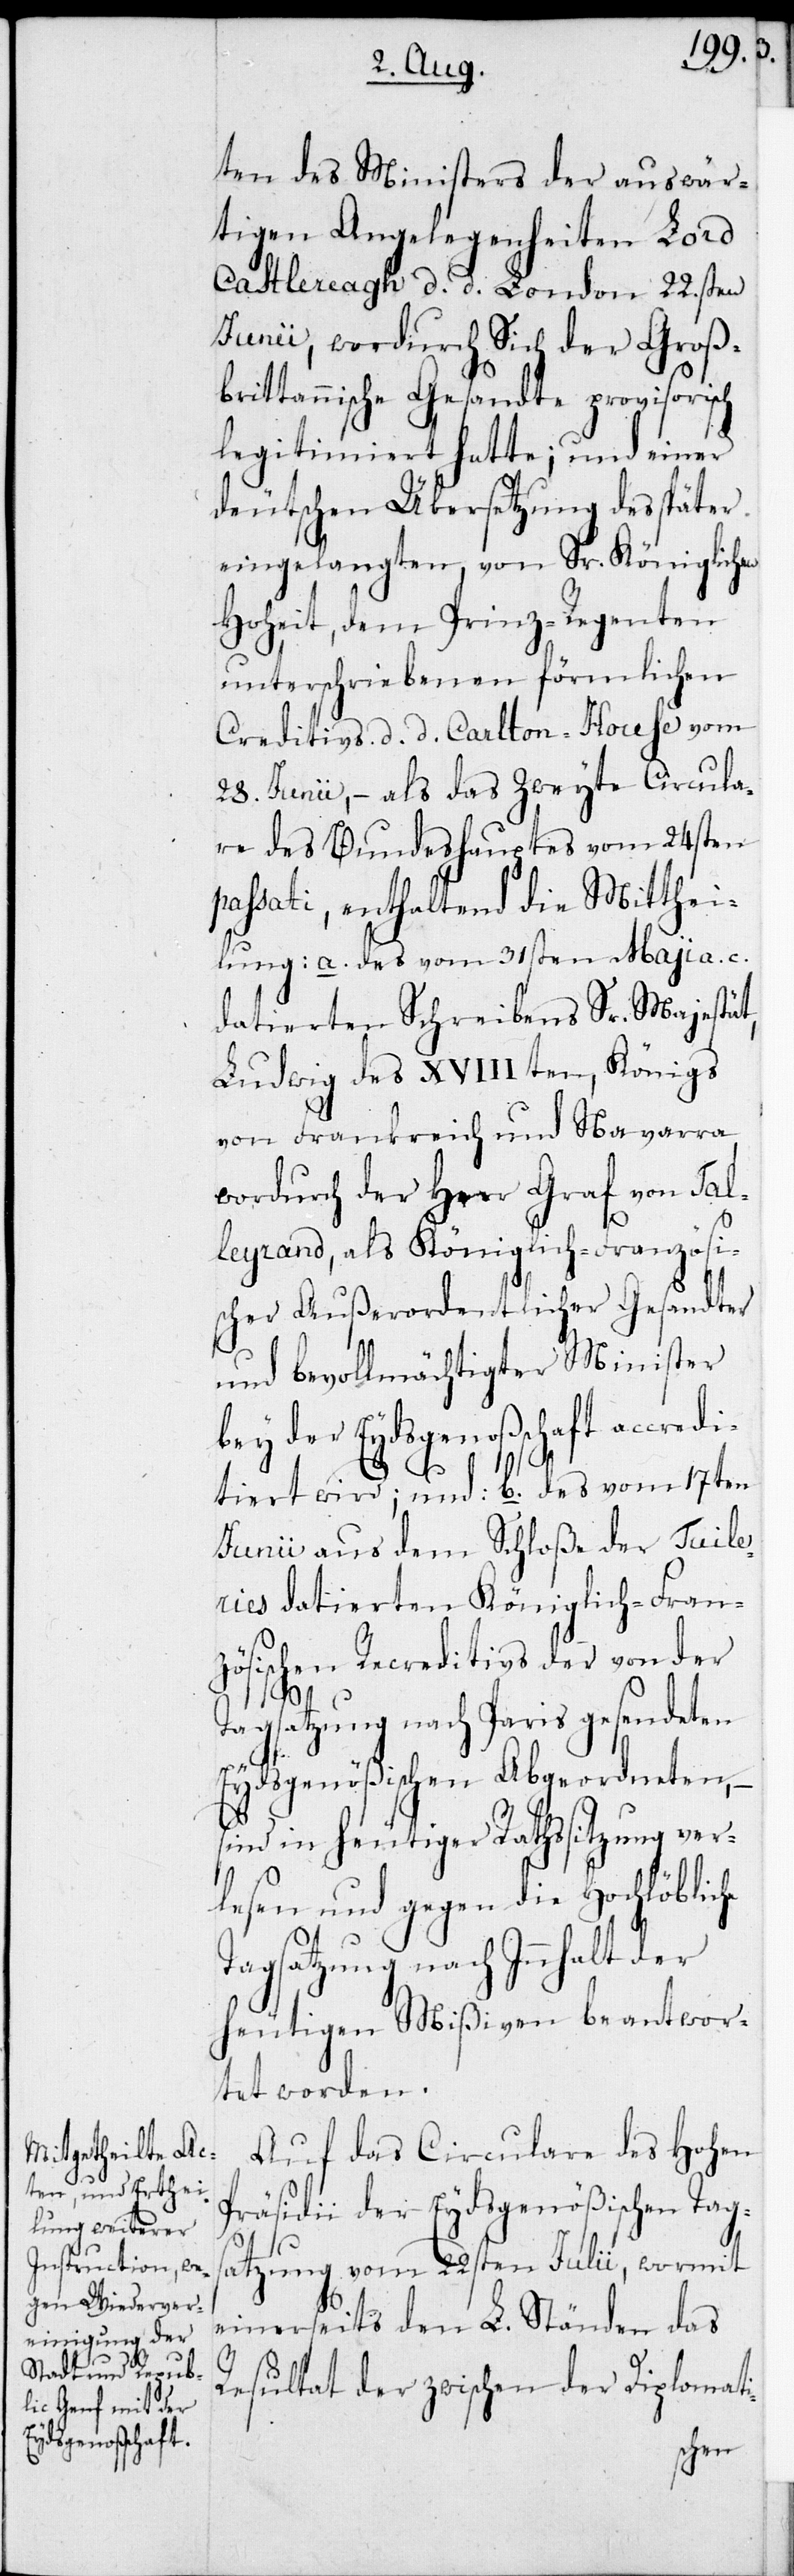
ten des Ministers der auswär¬
tigen Angelegenheiten Lord
Castlereagh d. d. London 22sten
Junii, wordurch Sich der Groß¬
brittannische Gesandte provisorisch
legitimiert hatte; und einer
deutschen Übersetzung des später
eingelangten, von Sr. Königlichen
Hoheit, dem Prinz-Regenten
unterschriebenen förmlichen
Creditivs d. d. Carlton-House vom
28. Junii, – als das Zweyte Circula¬
re des Bundeshauptes vom 24sten
passati, enthaltend die Mitthei¬
lung: a. des vom 31sten Maji a. c.
datierten Schreibens Sr. Majestät
Ludwig des XVIIIten, Königs
von Frankreich und Navarra,
wordurch der Herr Graf von Tal¬
leyrand, als Königlich-Französi¬
scher außerordentlicher Gesandter
und bevollmächtigter Minister
bey der Eydsgenoßschaft accredi¬
he
tiert wird; und: b. des vom 17ten
Junii aus dem Schloß der Tuile¬
ries datierten Königlich-Fran¬
zösischen Recreditivs der von der
Tagsatzung nach Paris gesendeten
Eydsgenößischen Abgeordneten,
sind in heutiger Rathssitzung ver¬
lesen und gegen die Hochlöblic¬
Tagsatzung nach Innhalt der
heutigen Mißiven beantwor¬
tet worden.
Auf das Circulare des Hohen
Präsidii der Eydsgenößischen Tags¬
atzung vom 22sten Julii, wormit
einerseits den L. Ständen das
Resultat der zwischen der Diplomati-